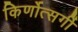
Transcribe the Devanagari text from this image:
किर्णोत्सर्गी